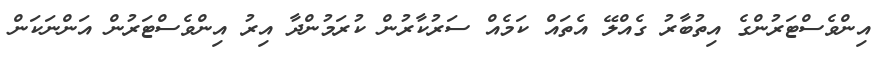
އިންވެސްޓަރުންގެ އިތުބާރު ގެއްލޭ އެތައް ކަމެއް ސަރުކާރުން ކުރަމުންދާ އިރު އިންވެސްޓަރުން އަންނަކަން